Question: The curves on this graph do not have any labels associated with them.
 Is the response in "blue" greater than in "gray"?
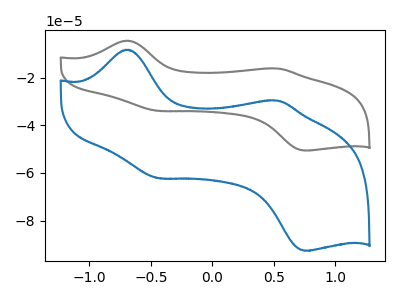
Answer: <think>The gray curve "gray" has anodic peaks at (-0.70V, -4.55uA) (0.55V, -16.20uA) and cathodic peaks at (-0.45V, -33.95uA) (0.75V, -50.60uA). The blue curve "blue" has anodic peaks at (-0.70V, -8.30uA) (0.55V, -29.65uA) and cathodic peaks at (-0.45V, -62.20uA) (0.75V, -92.65uA).
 All the peaks in "blue" have a peak in "gray" at the same potential.</think>
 <answer>I cant tell if "blue" or "gray" has more signal.</answer>
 <eval>mixed_signal</eval>